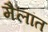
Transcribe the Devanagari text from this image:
मैलांत